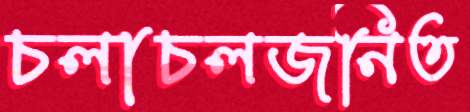
চলাচলজনিত